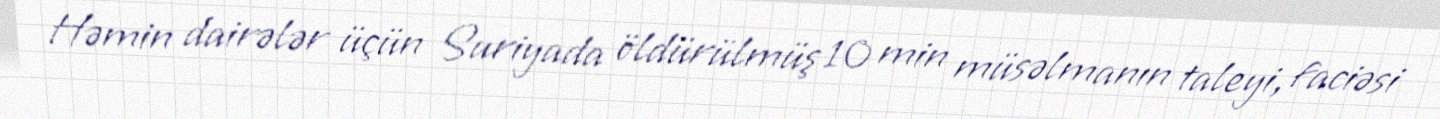
Həmin dairələr üçün Suriyada öldürülmüş 10 min müsəlmanın taleyi, faciəsi